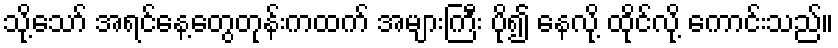
သို့သော် အရင်နေ့တွေတုန်းကထက် အများကြီး ပို၍ နေလို့ ထိုင်လို့ ကောင်းသည်။